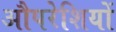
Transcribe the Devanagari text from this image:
औपरेशियों